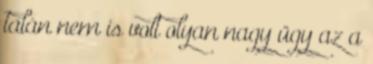
talán nem is volt olyan nagy ügy az a